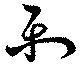
樂